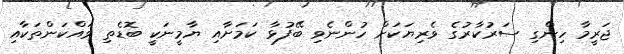
ޖަރީމާ ހިންގި ސަރުކާރުގެ ވެރިޔަކަށް ހުންނެވި ބޭފުޅާ ކަމަށާއި ޔާމީނަކީ ބޮޑެތި ވައްކަންތަކާއި